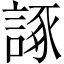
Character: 諑